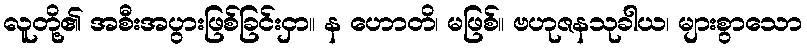
လူတို့၏ အစီးအပွားဖြစ်ခြင်းငှာ။ န ဟောတိ၊ မဖြစ်။ ဗဟုဇနသုခါယ၊ များစွာသော